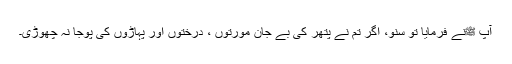
آپ ﷺنے فرمایا تو سنو، اگر تم نے پتھر کی بے جان مورتوں ، درختوں اور پہاڑوں کی پوجا نہ چھوڑی۔